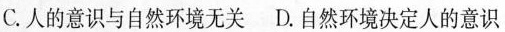
C.人的意识与自然环境无关D.自然环境决定人的意识